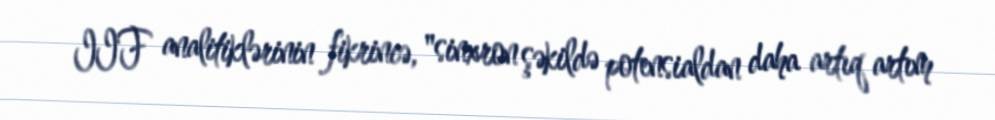
IIF analitiklərinin fikrincə, "sinxron şəkildə potensialdan daha artıq artım